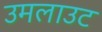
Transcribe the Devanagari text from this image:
उमलाउट